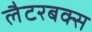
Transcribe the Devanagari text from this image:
लैटरबक्स